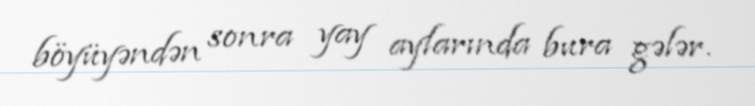
böyüyəndən sonra yay aylarında bura gələr.